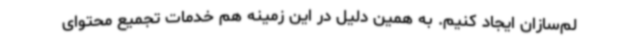
لم‌سازان ایجاد کنیم. به همین دلیل در این زمینه هم خدمات تجمیع محتوای